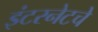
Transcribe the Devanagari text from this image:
इंटरनेटचे